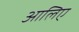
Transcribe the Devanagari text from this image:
आलिए